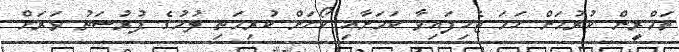
ތަމްރީން ކުރުމަށް ހަމަ ޖެހިފައިވާ ކަމަށާއި ކޯހަށް ކުރިމަތި ލުމުގެ ފުރުސަތު ވަރަށް